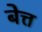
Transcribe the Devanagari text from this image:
बेत्त